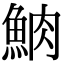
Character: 𩶩